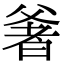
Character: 㸙